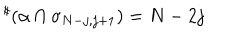
{ } ^ { \sharp } ( \alpha \cap \sigma _ { N - j , j + 1 } ) = N - 2 j